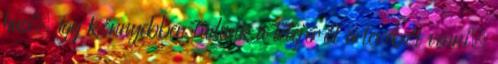
husi, így könnyebben tudunk a tetejéről a levéből venni.